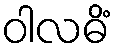
ဝါလဓိံ